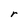
Character: r